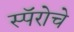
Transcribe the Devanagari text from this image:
स्पॅरोचे